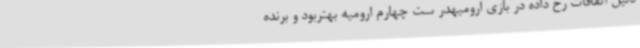
دلیل اتفاقات رخ داده در بازی ارومیهدر ست چهارم ارومیه بهتربود و برنده